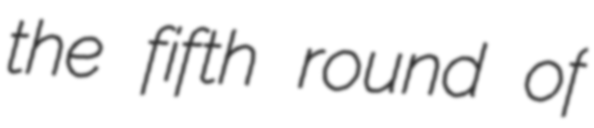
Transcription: the fifth round of